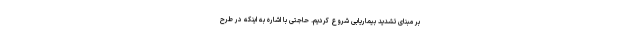
بر مبنای تشدید بیماریابی شروع کردیم. حاجتی با اشاره به اینکه در طرح